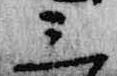
三